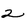
Character: 2